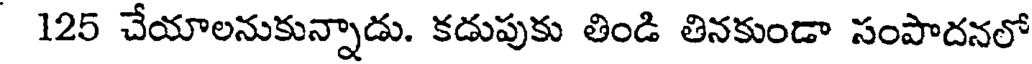
125 చేయాలనుకున్నాడు. కడుపుకు తిండి తినకుండా సంపాదనలో